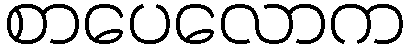
စာပေလောက